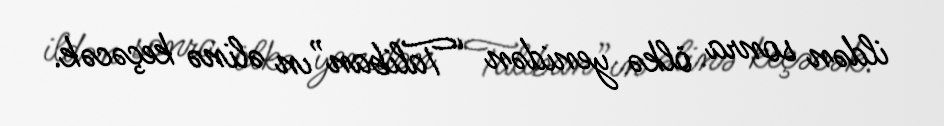
ildən sonra ölkə yenidən “Taliban”ın əlinə keçəcək.